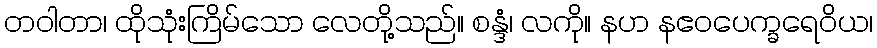
တဝါတာ၊ ထိုသုံးကြိမ်သော လေတို့သည်။ စန္ဒံ၊ လကို။ နဟ နဧဝပေက္ခရေဝိယ၊